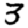
Digit: 3